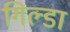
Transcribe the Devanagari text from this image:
गिल्डा